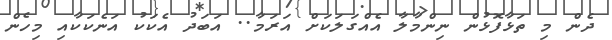
ދެން މި ތަޅާފޮޅުން ނިންމާލާ އެއްގަލަކަށް އަރަމާ.. އަބަދު އެކަކު އަނެކަކާއި މިހެން